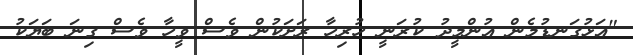
"އަޅުގަނޑުމެން އުންމީދު ކުރަނީ ހުރިހާ ރަށަކުން ވެސް ވީހާ ވެސް ގިނަ ބަޔަކު